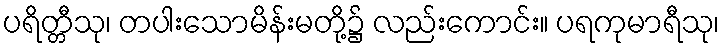
ပရိတ္တီသု၊ တပါးသောမိန်းမတို့၌ လည်းကောင်း။ ပရကုမာရီသု၊